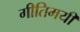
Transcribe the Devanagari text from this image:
गीतिमयी